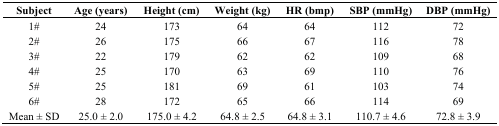
| Subject | Age (years) | Height (cm) | Weight (kg) | HR (bmp) | SBP (mmHg) | DBP (mmHg) |
 | --- | --- | --- | --- | --- | --- | --- |
 | 1# | 24 | 173 | 64 | 64 | 112 | 72 |
 | 2# | 26 | 175 | 66 | 67 | 116 | 78 |
 | 3# | 22 | 179 | 62 | 62 | 109 | 68 |
 | 4# | 25 | 170 | 63 | 69 | 110 | 76 |
 | 5# | 25 | 181 | 69 | 61 | 103 | 74 |
 | 6# | 28 | 172 | 65 | 66 | 114 | 69 |
 | Mean ± SD | 25.0 ± 2.0 | 175.0 ± 4.2 | 64.8 ± 2.5 | 64.8 ± 3.1 | 110.7 ± 4.6 | 72.8 ± 3.9 |